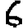
Digit: 6